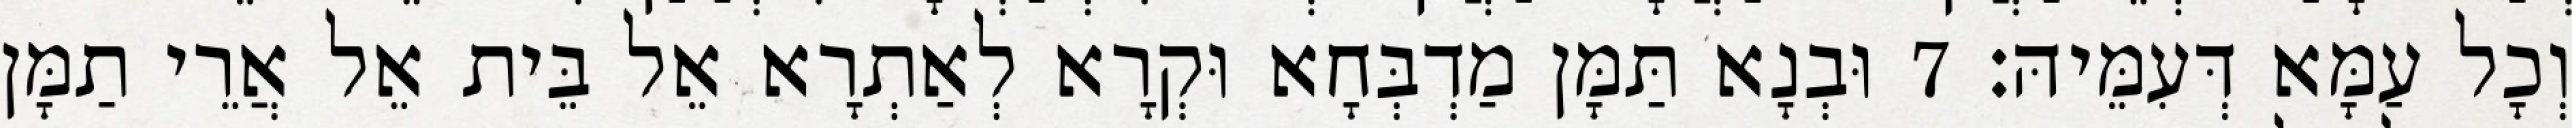
וְכָל עַמָּא דְּעִמֵּיהּ׃ 7 וּבְנָא תַּמָּן מַדְבְּחָא וּקְרָא לְאַתְרָא אֵל בֵּית אֵל אֲרֵי תַמָּן